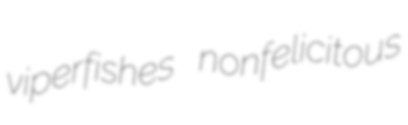
viperfishes nonfelicitous